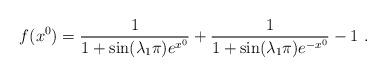
LaTeX: \begin{align*}f(x^0)=\frac{1}{1+ \sin (\lambda_1 \pi) e^{x^0}} +\frac{1}{1+ \sin (\lambda_1 \pi) e^{-x^0}} -1~.\end{align*}